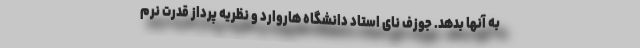
به آنها بدهد. جوزف نای استاد دانشگاه هاروارد و نظریه پرداز قدرت نرم